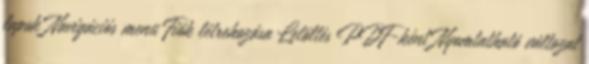
lapok Navigációs menü Fiók létrehozása Letöltés PDF-ként Nyomtatható változat